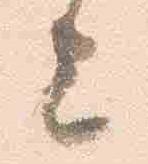
上